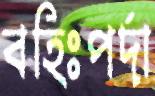
বহিঃপর্দা